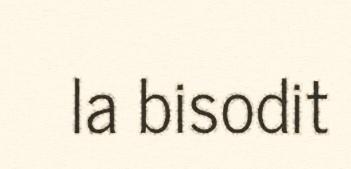
la bisodit